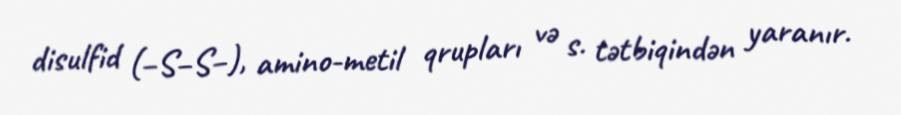
disulfid (−S−S−), amino-metil qrupları və s. tətbiqindən yaranır.